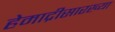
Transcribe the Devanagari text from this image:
हेमाद्रीसारख्या